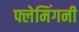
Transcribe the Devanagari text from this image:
फ्लेमिंगनी